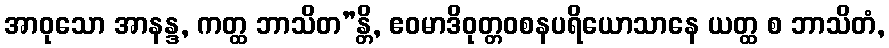
အာဝုသော အာနန္ဒ, ကတ္ထ ဘာသိတ”န္တိ, ဧဝမာဒိဝုတ္တဝစနပရိယောသာနေ ယတ္ထ စ ဘာသိတံ,